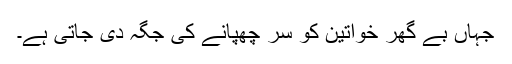
جہاں بے گھر خواتین کو سر چھپانے کی جگہ دی جاتی ہے۔